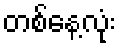
တစ်နေ့လုံး